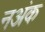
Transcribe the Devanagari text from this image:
नअंक